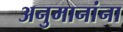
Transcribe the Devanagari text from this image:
अनुमानांना